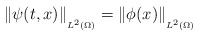
\begin{align*}\left \Vert \psi (t,x)\right \Vert _{_{L^{2}(\Omega )}}=\left \Vert \phi(x)\right \Vert _{_{L^{2}(\Omega )}} \end{align*}